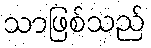
သာဖြစ်သည်